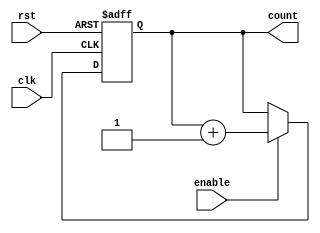
module up_counter (
    input wire clk,         // Clock input
    input wire enable,      // Enable signal
    input wire rst,         // Optional reset signal
    output reg [N-1:0] count // Counter output (N-bit)
);

parameter N = 4; // Define the bit-width of the counter

// Asynchronous reset and counting logic
always @(posedge clk or posedge rst) begin
    if (rst) begin
        count <= 0; // Reset the counter to zero
    end else if (enable) begin
        count <= count + 1; // Increment the counter
    end
    // If enable is low, the counter retains its value
end

endmodule